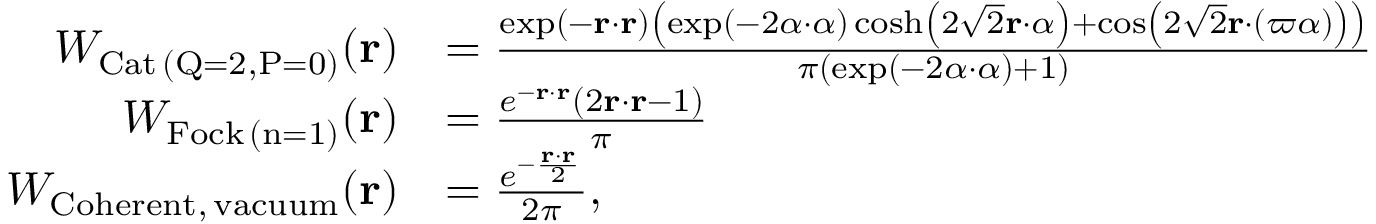
\begin{array} { r l } { W _ { \mathrm { C a t \, ( Q = 2 , P = 0 ) } } ( \mathbf { r } ) } & { = \frac { \exp ( - \mathbf { r } \cdot \mathbf { r } ) \left( \exp ( - 2 \alpha \cdot \alpha ) \cosh \left( 2 \sqrt { 2 } \mathbf { r } \cdot \alpha \right) + \cos \left( 2 \sqrt { 2 } \mathbf { r } \cdot ( \varpi \alpha ) \right) \right) } { \pi ( \exp ( - 2 \alpha \cdot \alpha ) + 1 ) } } \\ { W _ { \mathrm { F o c k \, ( n = 1 ) } } ( \mathbf { r } ) } & { = \frac { e ^ { - \mathbf { r } \cdot \mathbf { r } } \left( 2 \mathbf { r } \cdot \mathbf { r } - 1 \right) } { \pi } } \\ { W _ { \mathrm { C o h e r e n t , \, v a c u u m } } ( \mathbf { r } ) } & { = \frac { e ^ { - \frac { \mathbf { r } \cdot \mathbf { r } } { 2 } } } { 2 \pi } , } \end{array}